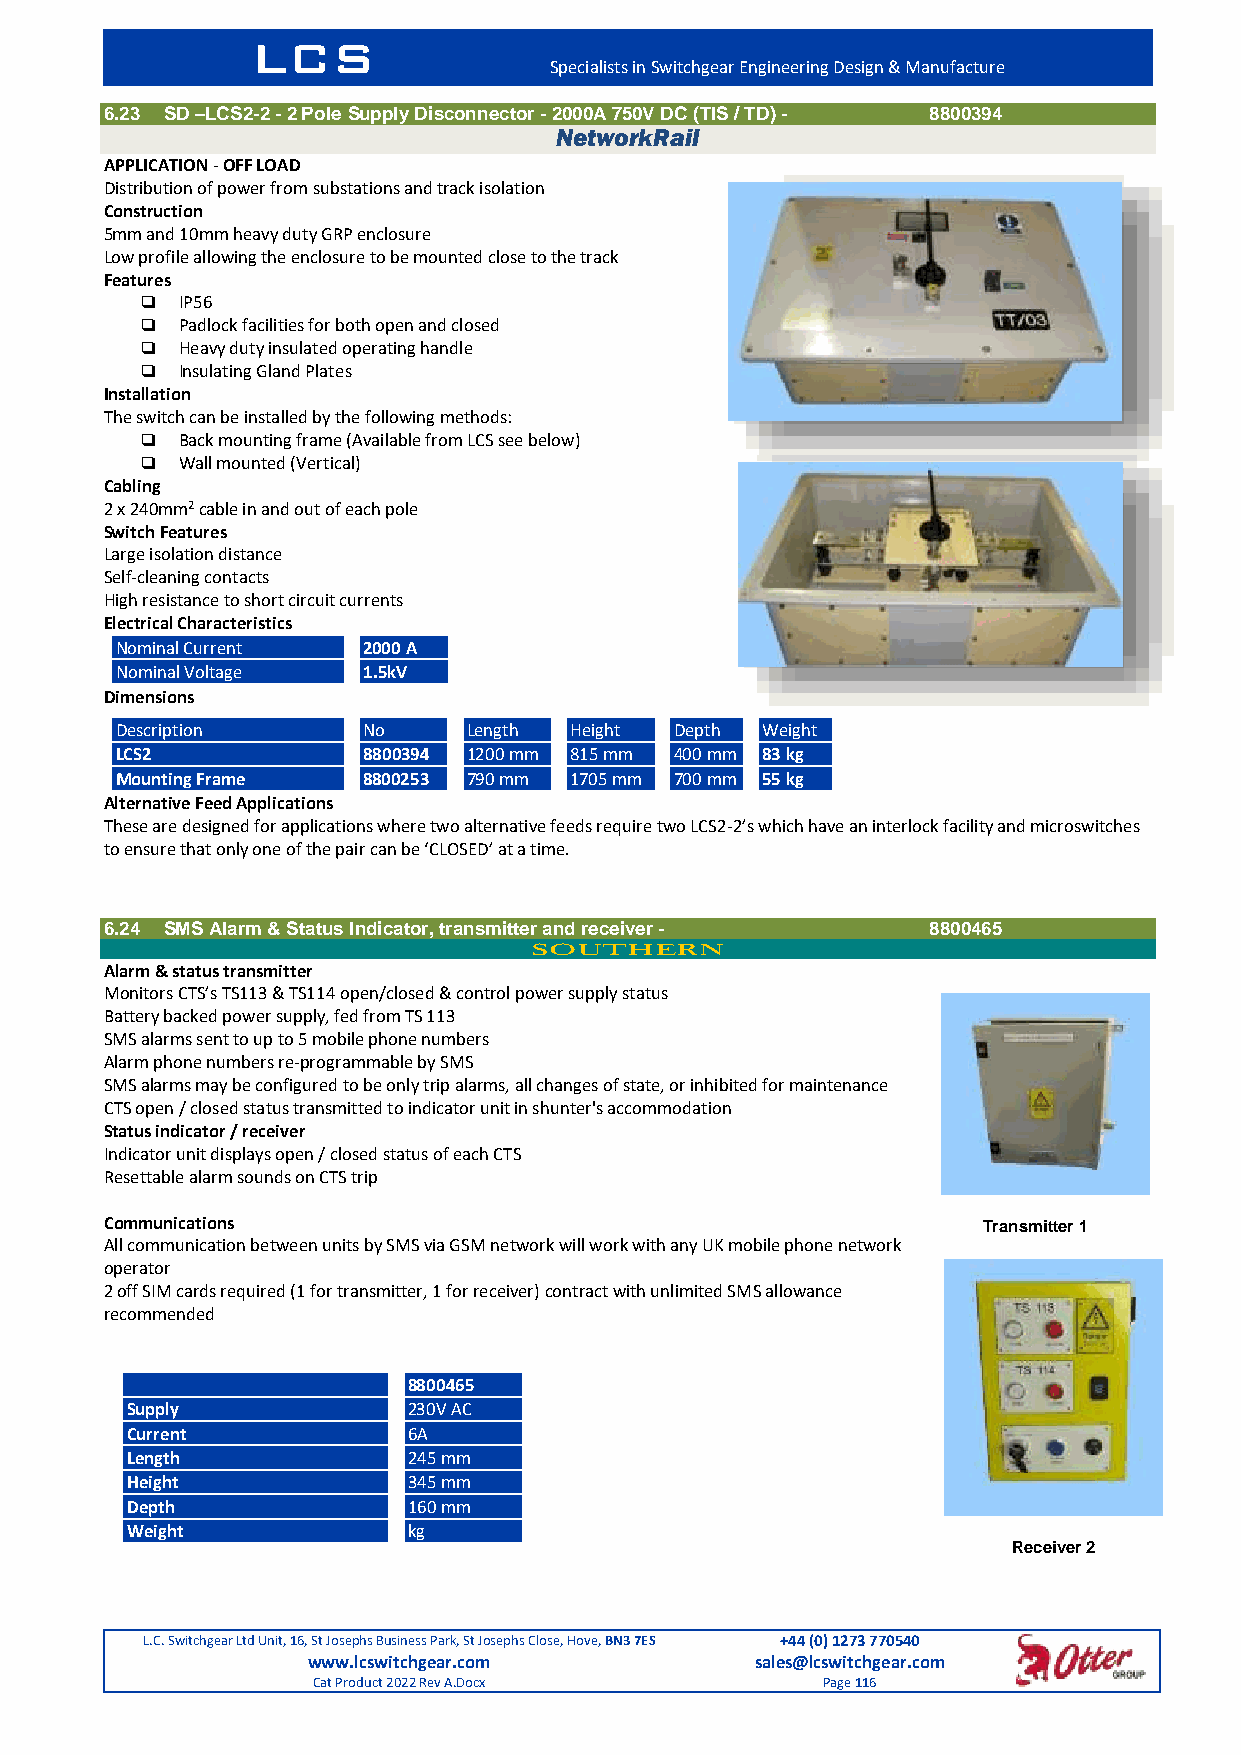
LCS
 Specialists in Switchgear Engineering Design & Manufacture
 6.23 SD –LCS2-2 - 2 Pole Supply Disconnector - 2000A 750V DC (TIS / TD) - 8800394
 NetworkRail
 APPLICATION - OFF LOAD
 Distribution of power from substations and track isolation
 Construction
 5mm and 10mm heavy duty GRP enclosure
 Low profile allowing the enclosure to be mounted close to the track
 Features
   IP56
   Padlock facilities for both open and closed
   Heavy duty insulated operating handle
   Insulating Gland Plates
 Installation
 The switch can be installed by the following methods:
   Back mounting frame (Available from LCS see below)
   Wall mounted (Vertical)
 Cabling
 2 x 240mm2 cable in and out of each pole
 Switch Features
 Large isolation distance
 Self-cleaning contacts
 High resistance to short circuit currents
 Electrical Characteristics
 Nominal Current 2000 A
 Nominal Voltage 1.5kV
 Dimensions
 Description     No     Length Height Depth Weight
 LCS2            8800394 1200 mm 815 mm 400 mm 83 kg
 Mounting Frame  8800253 790 mm 1705 mm 700 mm 55 kg
 Alternative Feed Applications
 These are designed for applications where two alternative feeds require two LCS2-2’s which have an interlock facility and microswitches
 to ensure that only one of the pair can be ‘CLOSED’ at a time.
 6.24 SMS Alarm & Status Indicator, transmitter and receiver - 8800465
 SOUTHERN
 Alarm & status transmitter
 Monitors CTS’s TS113 & TS114 open/closed & control power supply status
 Battery backed power supply, fed from TS 113
 SMS alarms sent to up to 5 mobile phone numbers
 Alarm phone numbers re-programmable by SMS
 SMS alarms may be configured to be only trip alarms, all changes of state, or inhibited for maintenance
 CTS open / closed status transmitted to indicator unit in shunter's accommodation
 Status indicator / receiver
 Indicator unit displays open / closed status of each CTS
 Resettable alarm sounds on CTS trip
 Communications                                            TrRaencsemiviettre r1 1
 All communication between units by SMS via GSM network will work with any UK mobile phone network
 operator
 2 off SIM cards required (1 for transmitter, 1 for receiver) contract with unlimited SMS allowance
 recommended
 8800465
 Supply             230V AC
 Current            6A
 Length             245 mm
 Height             345 mm
 Depth              160 mm
 Weight             kg
 Receiver 2
 Receiver 3
 L.C. Switchgear Ltd Unit, 16, St Josephs Business Park, St Josephs Close, Hove, BN3 7ES +44 (0) 1273 770540
 www.lcswitchgear.com          sales@lcswitchgear.com
 Cat Product 2022 Rev A.Docx      Page 116